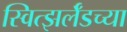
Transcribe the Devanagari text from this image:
स्वित्झर्लॅडच्या